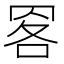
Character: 𦊹